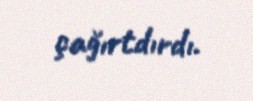
çağırtdırdı.